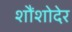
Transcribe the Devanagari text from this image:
शौंशोदेर